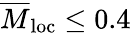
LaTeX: \overline{{M}}_{\mathrm{loc}}\leq 0.4